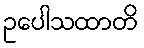
ဥပေါသထာတိ